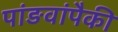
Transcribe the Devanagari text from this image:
पांङवांपैकी